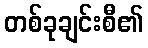
တစ်ခုချင်းစီ၏